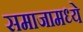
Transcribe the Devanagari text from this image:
समाजामध्‍ये